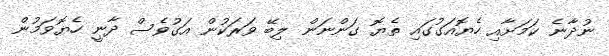
ނުދާނެ ކަމަށާއި ހެޔޮއަގުގައި ތެޔޮ ގަންނަން ލިބޭ ވަރަކުން އަގުވެސް ދާނީ ހެޔޮވަމުން